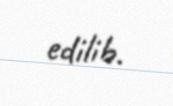
edilib.